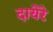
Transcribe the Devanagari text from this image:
दायेरे